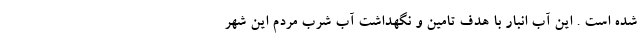
شده است . این آب انبار با هدف تامین و نگهداشت آب شرب مردم این شهر